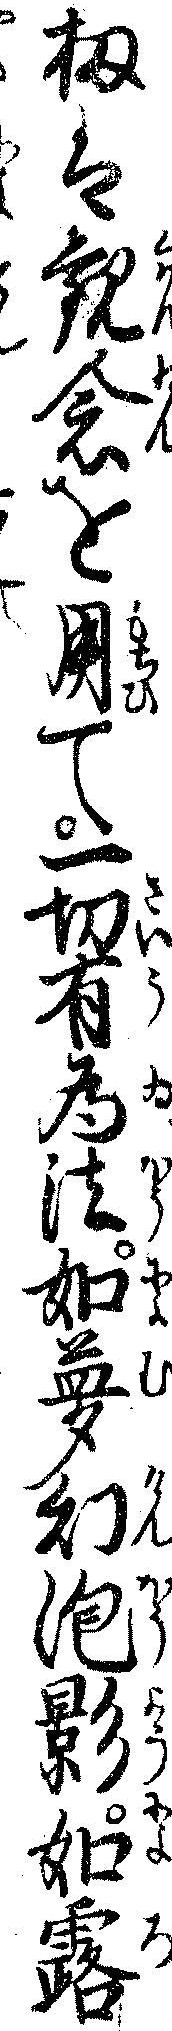
扨は観念を用て一切有為法如夢幻泡影如露